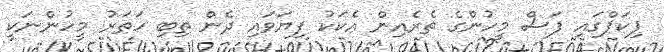
ޕިކަޕްގައި ފަސް މީހުންގެ ތެރެއިން އެކަކު ފިޔަވައި ދެން ތިބި ހަތަރު މީހުންނަކީ